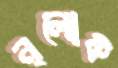
নৃলোক